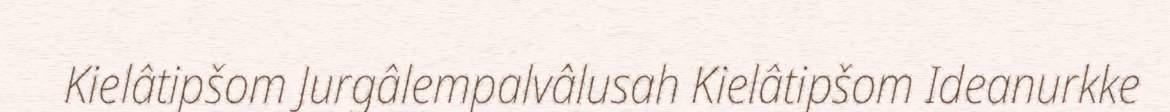
Kielâtipšom Jurgâlempalvâlusah Kielâtipšom Ideanurkke